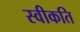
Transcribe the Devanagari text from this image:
स्वीकति